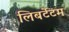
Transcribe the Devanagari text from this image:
लिबर्टेटम